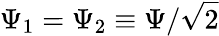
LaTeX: \Psi_{1}=\Psi_{2}\equiv\Psi/\sqrt{2}